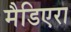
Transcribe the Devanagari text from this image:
मैडिएरा